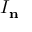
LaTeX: I _ { \mathbf { n } }